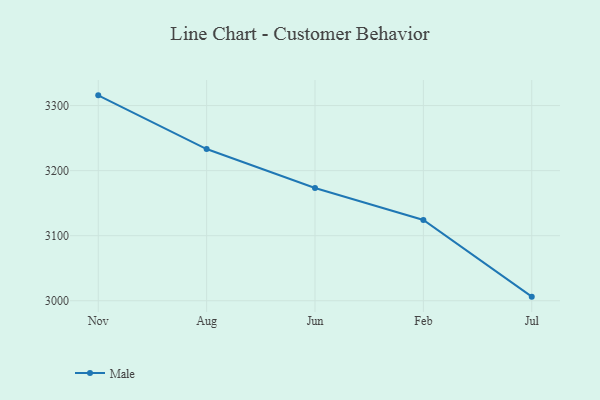
{"axis": {"x": "Month", "y": "Conversion Rate (%)"}, "legend": ["Male"], "data": [{"x": "Nov", "y": 3315.7, "type": "Male"}, {"x": "Aug", "y": 3233.2, "type": "Male"}, {"x": "Jun", "y": 3173.2, "type": "Male"}, {"x": "Feb", "y": 3124.1, "type": "Male"}, {"x": "Jul", "y": 3006.3, "type": "Male"}]}